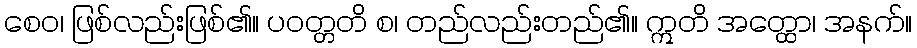
စေဝ၊ ဖြစ်လည်းဖြစ်၏။ ပဝတ္တတိ စ၊ တည်လည်းတည်၏။ ဣတိ အတ္ထော၊ အနက်။